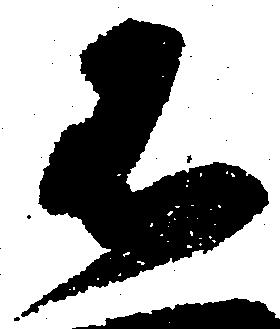
不